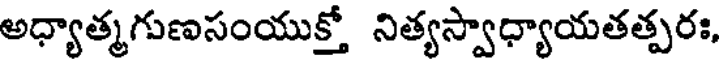
అధ్యాత్మగుణసంయుక్తో నిత్యస్వాధ్యాయతత్పరః,